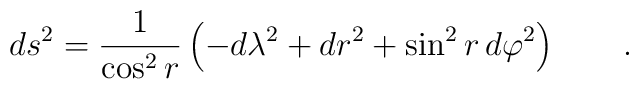
ds^2=\frac 1{\cos^2 r }\left( -d\lambda^2+d r^2+\sin^2 r \,d \varphi ^2\right) \qquad .